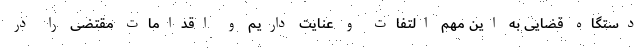
دستگاه قضایی به این مهم التفات و عنایت داریم و اقدامات مقتضی را در